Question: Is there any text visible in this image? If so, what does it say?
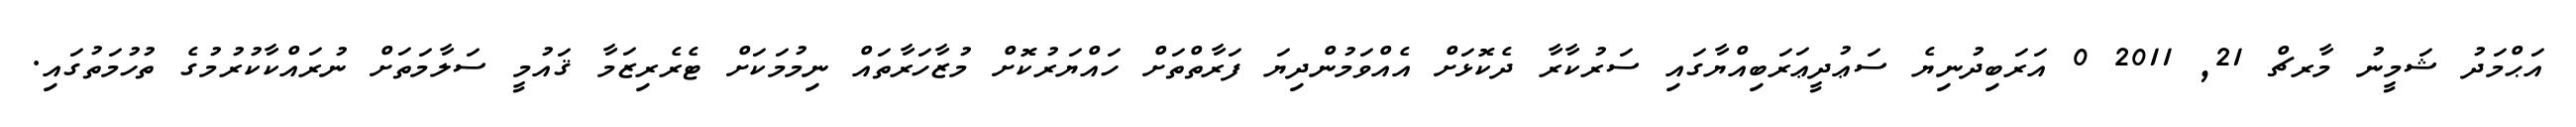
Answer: އަޙްމަދު ޝަމީނު މާރޗް 21, 2011 0 އަރަބިދުނިޔެ ސަޢުދީޢަރަބިއްޔާގައި ސަރުކާރާ ދެކޮޅަށް އެއްވަމުންދިޔަ ފަރާތްތަށް ހައްޔަރުކޮށް މުޒާހަރާތައް ނިމުމަކަށް ޓެރެރިޒަމާ ޤައުމީ ސަލާމަތަށް ނުރައްކާކުރުމުގެ ތުހުމަތުގައި.